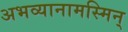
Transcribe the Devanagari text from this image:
अभव्यानामस्मिन्